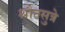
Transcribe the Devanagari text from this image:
श्रौतसुत्रे